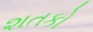
શતકો